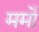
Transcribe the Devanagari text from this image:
मर्मों